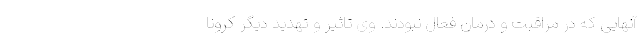
آنهایی که در مراقبت و درمان فعال نبودند. وی تاثیر و تهدید دیگر کرونا